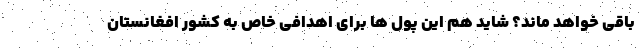
باقی خواهد ماند؟ شاید هم این پول ها برای اهدافی خاص به کشور افغانستان